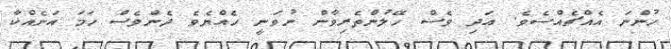
ހުންނަ އެއްޗެއްސެވެ. އަދި ވެސް ހޭލުންތެރިވާން ނުވަނީ ހެއްޔެވެ ދެންވެސް ހަމަ އަނެއްކާ